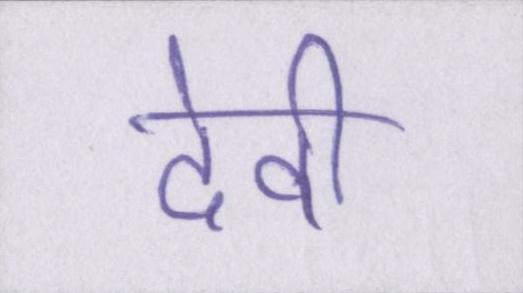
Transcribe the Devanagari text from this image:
देवी